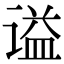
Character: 谥